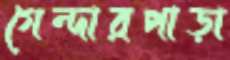
গেন্দারপাড়া